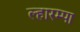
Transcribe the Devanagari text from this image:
ल्हारम्पा